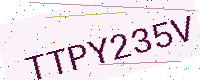
Text: TTPY235V